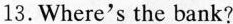
13. Where's the bank?